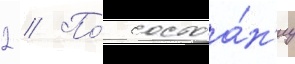
2 // По́ состоа́н'иу